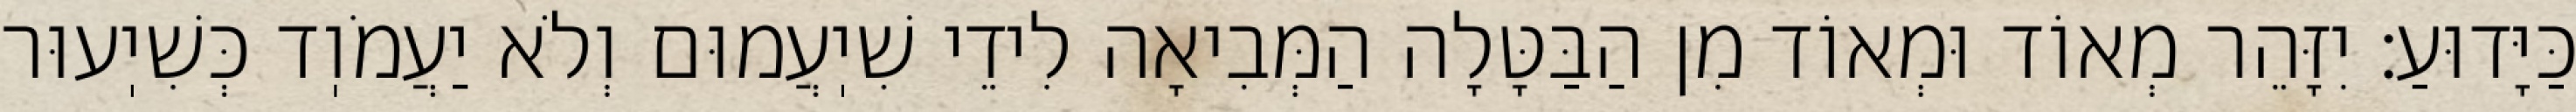
כַּיָּדוּעַ: יִזָּהֵר מְאוֹד וּמְאוֹד מִן הַבַּטָּלָה הַמְּבִיאָה לִידֵי שִׁיֽעֲמוּם וְלֹא יַעֲמֹוֽד כְּשִׁיֽעוּר